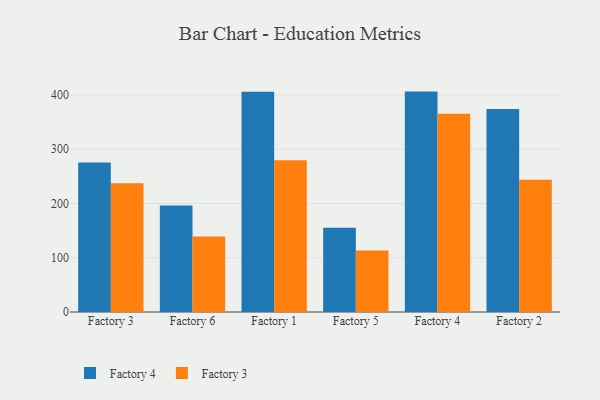
{"axis": {"x": "Factory", "y": "Market Share (%)"}, "legend": ["Factory 3", "Factory 4"], "data": [{"x": "Factory 3", "y": 275.6, "type": "Factory 4"}, {"x": "Factory 3", "y": 237.4, "type": "Factory 3"}, {"x": "Factory 6", "y": 196.1, "type": "Factory 4"}, {"x": "Factory 6", "y": 139.2, "type": "Factory 3"}, {"x": "Factory 1", "y": 406.1, "type": "Factory 4"}, {"x": "Factory 1", "y": 279.7, "type": "Factory 3"}, {"x": "Factory 5", "y": 155.4, "type": "Factory 4"}, {"x": "Factory 5", "y": 113.4, "type": "Factory 3"}, {"x": "Factory 4", "y": 406.3, "type": "Factory 4"}, {"x": "Factory 4", "y": 365.6, "type": "Factory 3"}, {"x": "Factory 2", "y": 374.1, "type": "Factory 4"}, {"x": "Factory 2", "y": 243.6, "type": "Factory 3"}]}